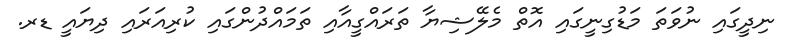
ނިދީގައި ނުވަތަ މަޑުގިނީގައި އޮތް މެލޭޝިޔާ ތަރައްގީއާއި ތަމައްދުންގައި ކުރިއަރައި ދިޔައީ ޑރ.